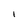
Character: I